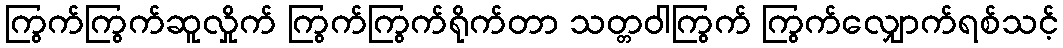
ကြွက်ကြွက်ဆူလှိုက် ကြွက်ကြွက်ရိုက်တာ သတ္တဝါကြွက် ကြွက်လျှောက်ရစ်သင့်